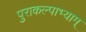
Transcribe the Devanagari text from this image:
पुराकल्पाभ्याम्